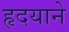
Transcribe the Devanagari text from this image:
हृदयाने